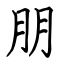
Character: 朋